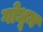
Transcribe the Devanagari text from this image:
गोधूम